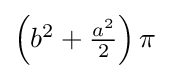
{\textstyle \left(b^{2}+{{a^{2}} \over 2}\right)\pi }